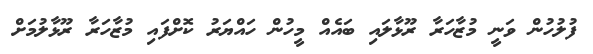
ފުލުހުން ވަނީ މުޒާހަރާ ރޫޅާލައި ބައެއް މީހުން ހައްޔަރު ކޮށްފައި މުޒާހަރާ ރޫޅާލުމަށް